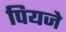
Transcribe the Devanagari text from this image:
पियजे